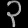
Digit: ၃